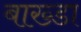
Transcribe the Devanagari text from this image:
बाख्डा